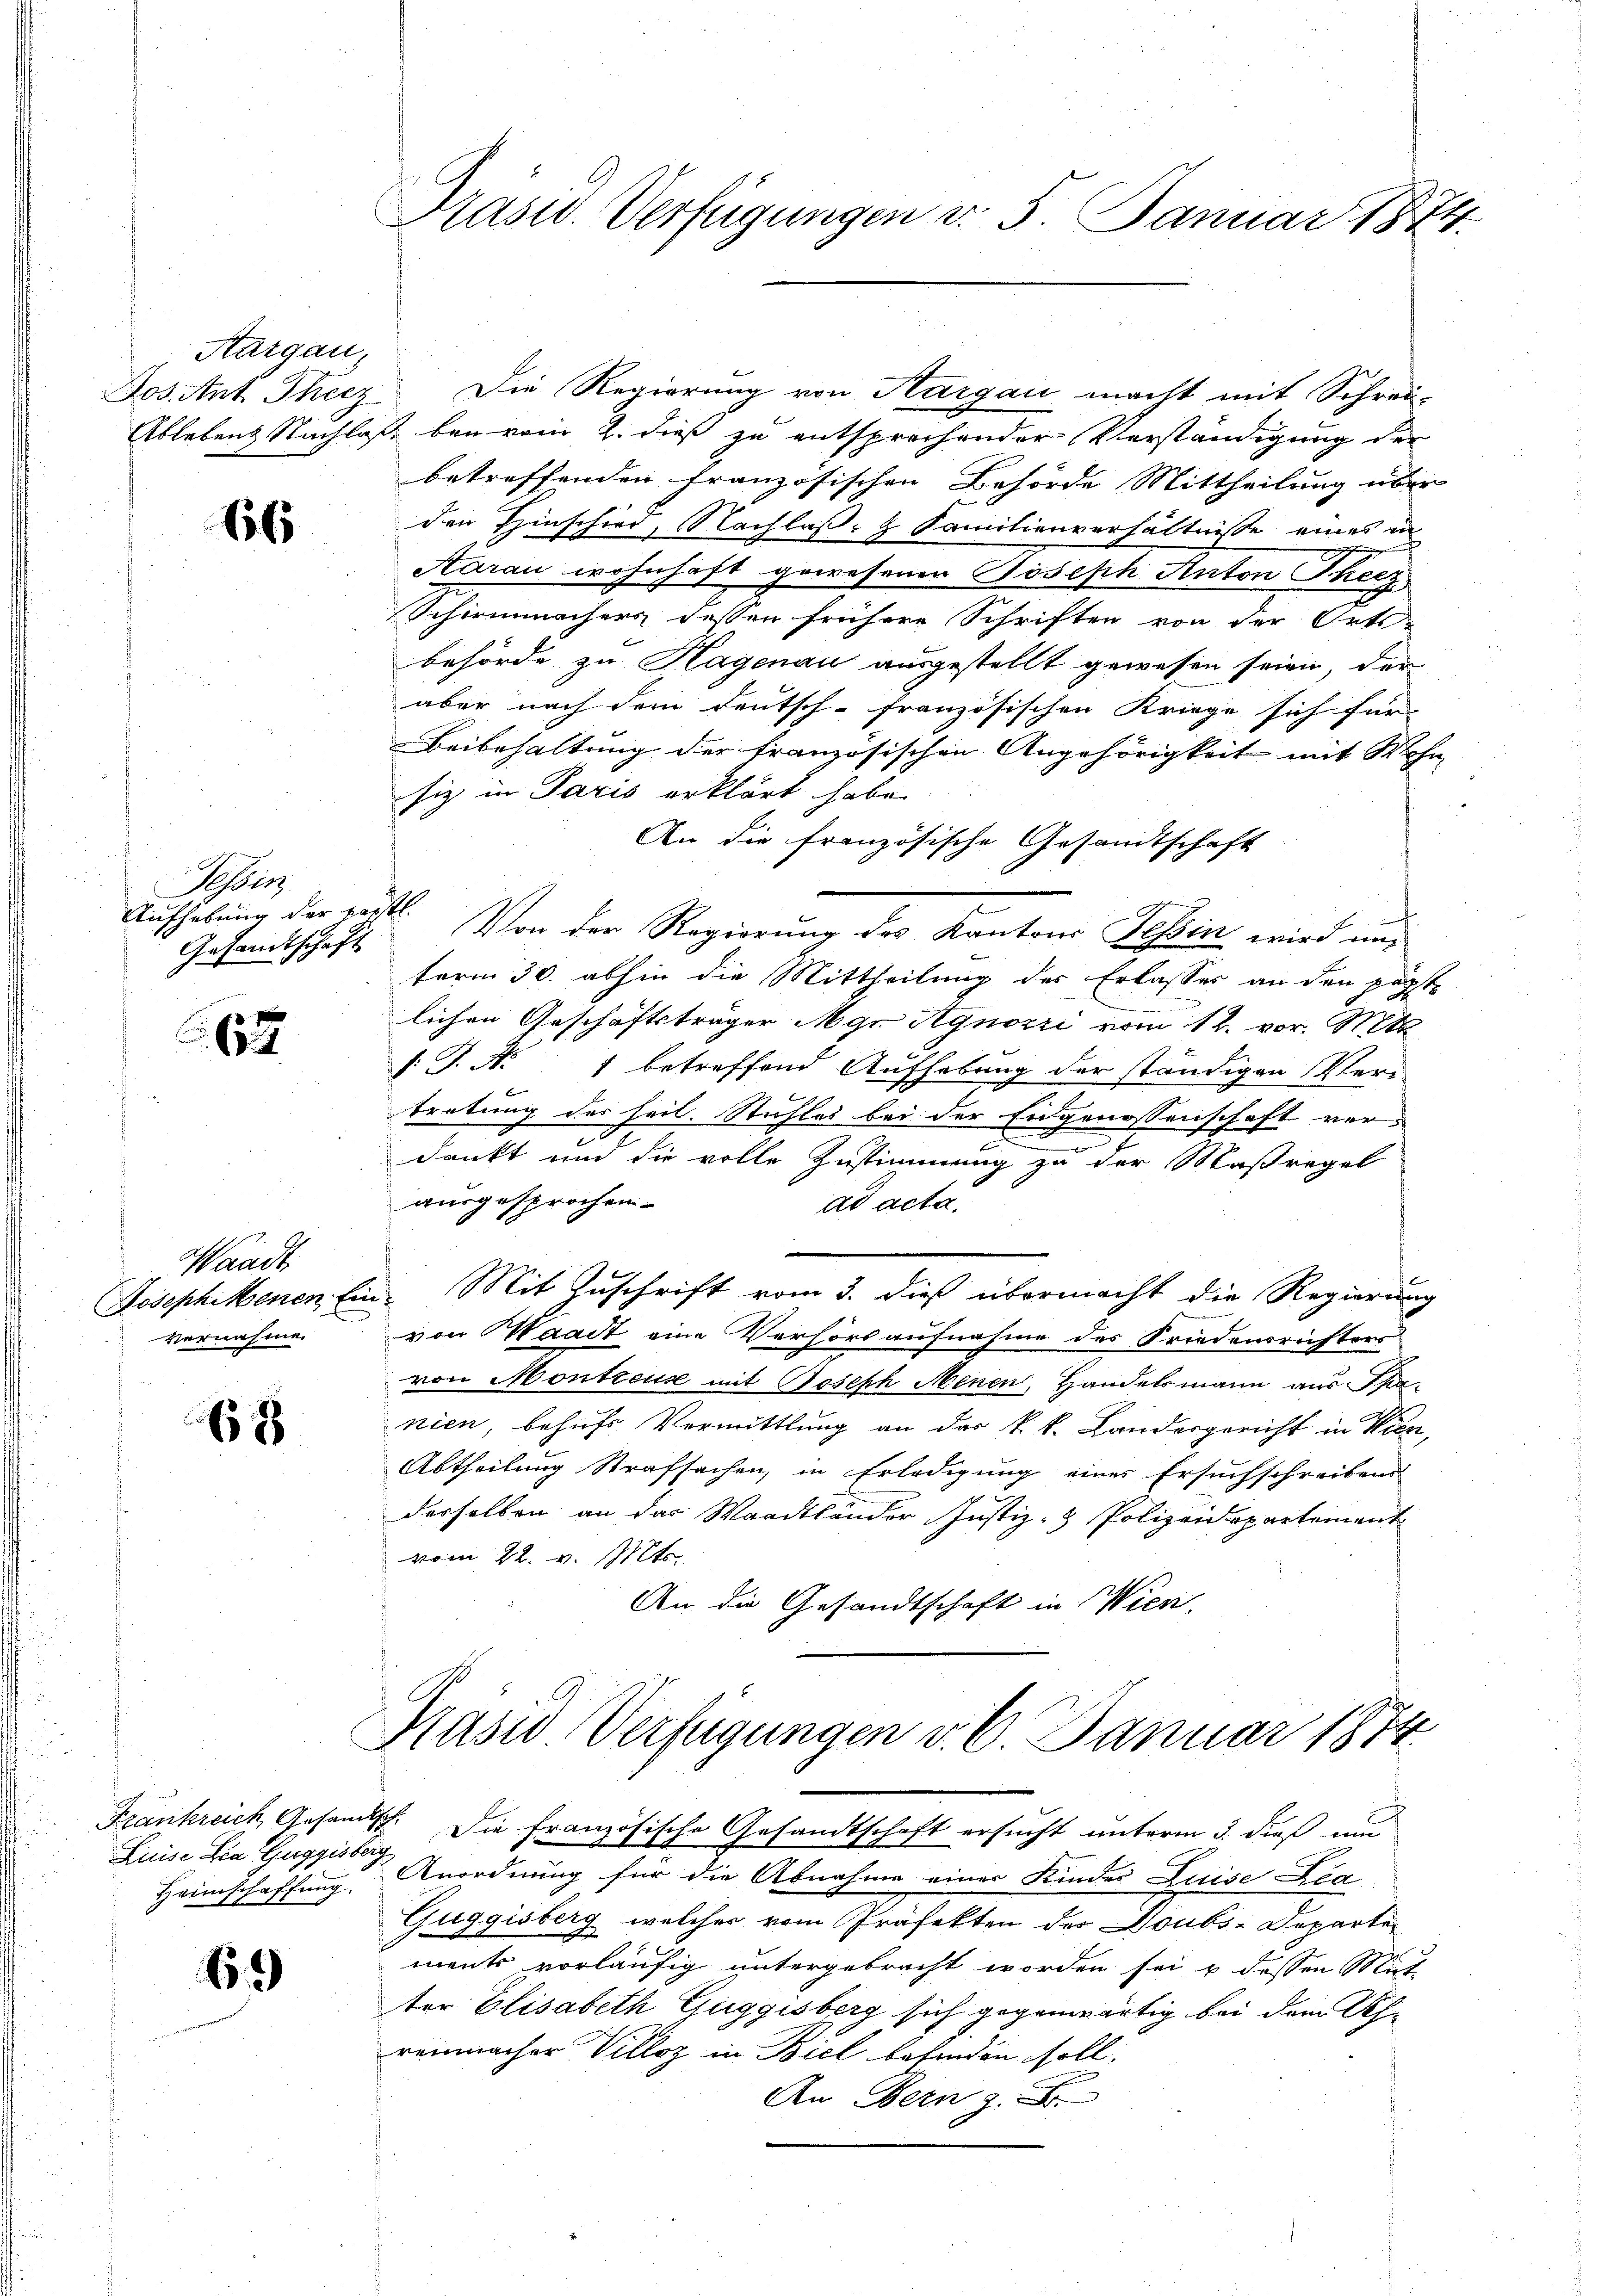
Kargau,

66

Aber
Aufhebung der verstl.
Gesandtschaft

62

Waadt
Josephitbenen Ein
vernahme.

68

Luise ia Guggisberg
Heimschaffung.

69

Präsid. Verfügungen d. 5. Januar 1874.

Dos. Ant. Theez. Die Regierung von Aargau macht mit Schrei-
Ablebens Nachlaß bei vom 2. dieß zu entsprechender Verständigung der
betreffenden Französischen Behörde Mittheilung über
den Hinschied, Nachlaß- u Familienverhältnisse eines in
Aarau wohnhaft gewesenen Joseph Anton Theez
Schirmmacher dessen frühere Schriften von der Orts-
behörde zu Hagenau ausgestellt gewesen seien, der
aber nach dem Deutsch-französischen Kriege sich für
Beibehaltung der französischen Angehörigkeit mit Wohn- |
fiz in Paris erklärt habe.
An die französische Gesandtschaft
Von der Regierung des Kantons Tessin wird aus
term 30. abhin die Mittheilung der Erlasses an den päpst
lichen Geschäftsträger Myr Agnozzi vom 12. vor. Mts
s: J. N. 1 betreffend Aufhebung der ständigen Vertretung der heil. Stuhles bei der Eigenossenschaft ver¬
2
.
u
dankt und die volle Zustimmung zu der Maßregel
ausgesprochen.
ad acta.
u. Mit Zuschrift vom 3. dieß übermacht die Regierung
von Waadt eine Verhört aufnahme des Friedensrichters
von Montreux mit Joseph Menen, Handelsmann aus Spa
nien, behufs Vormittlung an das k. k. Landergericht in Wien,
Abtheilung Strafsachen, in Erledigung eines Ersuchschreibens
derselben an das Waadtländer Justiz- & Polizeidepartement
vom 22. v. Mts.
An die Gesandtschaft in Wien.

Anordnung für die Abnahme einer Kindes Luise Bea
Guggisberg, welches vom Präfekten des Doubs-Departe
ments vorläufig untergebracht worden sei & dessen Mit
ter Elisabeth Guggisberg sich gegenwärtig bei dem Uhr
renmacher Villez in Biel befinden soll.
An Bern z. B

Präsid Verfügungen v. 6. Januar 1874
Frankreich Gesamtsch. Die französische Gesandtschaft ersucht unterm 3. dieß um